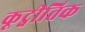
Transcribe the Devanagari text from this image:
कूट्नीतिक